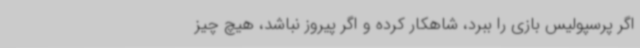
اگر پرسپولیس بازی را ببرد، شاهکار کرده و اگر پیروز نباشد، هیچ چیز